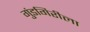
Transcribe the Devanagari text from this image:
गुंडगिरीला